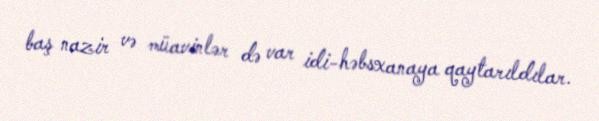
baş nazir və müavinlər də var idi-həbsxanaya qaytarıldılar.